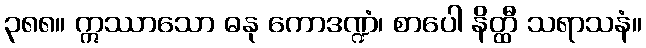
၃၈၈။ ဣဿာသော ဓနု ကောဒဏ္ဍံ၊ စာပေါ နိတ္ထီ သရာသနံ။